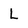
Character: L